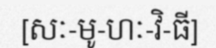
[សៈ-មូ-ហៈ-វិ-ធី]